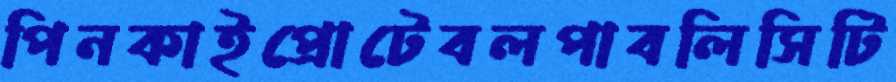
পিনকাইপ্রোটেবলপাবলিসিটি